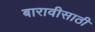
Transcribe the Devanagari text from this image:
बारावीसाठी